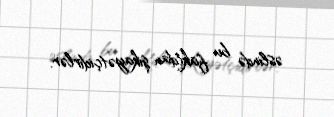
əslində bu faktdan şikayətçidirlər.